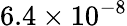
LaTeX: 6.4\times 10^{-8}